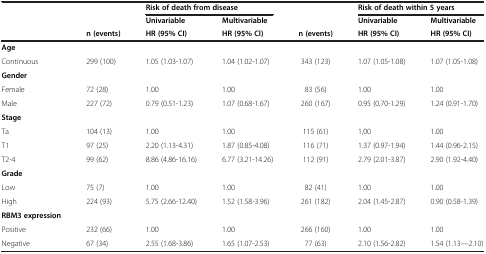
<table><thead><tr><td><b> </b></td><td><b> </b></td><td colspan="2"><b>Risk of death from disease</b></td><td><b> </b></td><td colspan="2"><b>Risk of death within 5 years</b></td></tr><tr><td><b> </b></td><td><b> </b></td><td><b>Univariable</b></td><td><b>Multivariable</b></td><td><b> </b></td><td><b>Univariable</b></td><td><b>Multivariable</b></td></tr><tr><td><b> </b></td><td><b>n (events)</b></td><td><b>HR (95% CI)</b></td><td><b>HR (95% CI)</b></td><td><b>n (events)</b></td><td><b>HR (95% CI)</b></td><td><b>HR (95% CI)</b></td></tr></thead><tbody><tr><td><b>Age</b></td><td> </td><td> </td><td> </td><td> </td><td> </td><td> </td></tr><tr><td>Continuous</td><td>299 (100)</td><td>1.05 (1.03-1.07)</td><td>1.04 (1.02-1.07)</td><td>343 (123)</td><td>1.07 (1.05-1.08)</td><td>1.07 (1.05-1.08)</td></tr><tr><td><b>Gender</b></td><td> </td><td> </td><td> </td><td> </td><td> </td><td> </td></tr><tr><td>Female</td><td>72 (28)</td><td>1.00</td><td>1.00</td><td>83 (56)</td><td>1.00</td><td>1.00</td></tr><tr><td>Male</td><td>227 (72)</td><td>0.79 (0.51-1.23)</td><td>1.07 (0.68-1.67)</td><td>260 (167)</td><td>0.95 (0.70-1.29)</td><td>1.24 (0.91-1.70)</td></tr><tr><td><b>Stage</b></td><td> </td><td> </td><td> </td><td> </td><td> </td><td> </td></tr><tr><td>Ta</td><td>104 (13)</td><td>1.00</td><td>1.00</td><td>115 (61)</td><td>1,00</td><td>1.00</td></tr><tr><td>T1</td><td>97 (25)</td><td>2.20 (1.13-4.31)</td><td>1.87 (0.85-4.08)</td><td>116 (71)</td><td>1.37 (0.97-1.94)</td><td>1.44 (0.96-2.15)</td></tr><tr><td>T2-4</td><td>99 (62)</td><td>8.86 (4.86-16.16)</td><td>6.77 (3.21-14.26)</td><td>112 (91)</td><td>2.79 (2.01-3.87)</td><td>2.90 (1.92-4.40)</td></tr><tr><td><b>Grade</b></td><td> </td><td> </td><td> </td><td> </td><td> </td><td> </td></tr><tr><td>Low</td><td>75 (7)</td><td>1.00</td><td>1.00</td><td>82 (41)</td><td>1.00</td><td>1.00</td></tr><tr><td>High</td><td>224 (93)</td><td>5.75 (2.66-12.40)</td><td>1.52 (1.58-3.96)</td><td>261 (182)</td><td>2.04 (1.45-2.87)</td><td>0.90 (0.58-1.39)</td></tr><tr><td><b>RBM3 expression</b></td><td> </td><td> </td><td> </td><td> </td><td> </td><td> </td></tr><tr><td>Positive</td><td>232 (66)</td><td>1.00</td><td>1.00</td><td>266 (160)</td><td>1.00</td><td>1.00</td></tr><tr><td>Negative</td><td>67 (34)</td><td>2.55 (1.68-3.86)</td><td>1.65 (1.07-2.53)</td><td>77 (63)</td><td>2.10 (1.56-2.82)</td><td>1.54 (1.13—2.10)</td></tr></tbody></table>